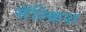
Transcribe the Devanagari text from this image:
सॅल्फ़िश